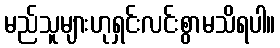
မည်သူများဟုရှင်းလင်းစွာမသိရပါ။